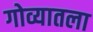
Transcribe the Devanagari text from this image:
गोव्यातला